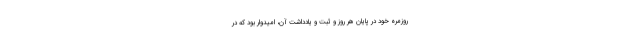
روزمرهٔ خود در پایان هر روز و ثبت و یادداشت آن، امیدوار بود که در